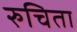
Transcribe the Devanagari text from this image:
रुचिता